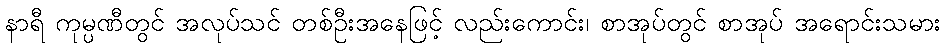
နာရီ ကုမ္ပဏီတွင် အလုပ်သင် တစ်ဦးအနေဖြင့် လည်းကောင်း၊ စာအုပ်တွင် စာအုပ် အရောင်းသမား